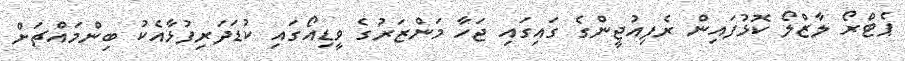
ޕެޓްރޯ ލާޒްލޯ ކޮޅުފައިން ރެފިއުޖީންގެ ގައިގައި ޖަހާ މަންޒަރުގެ ވީޑިއޯގައި ކުޑަދަރިފުޅާއެކު ބިންމައްޗަށް